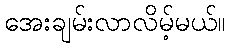
အေးချမ်းလာလိမ့်မယ်။